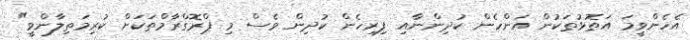
އެހެންވީމަ އަތޮޅުތަކުން އަންހެން ކުދިންނާއި ފިރިހެން ކުދިން ވެސް މި ޕްރޮގްރާމްތަކަށް ކުރިމަތިލާންވީ"